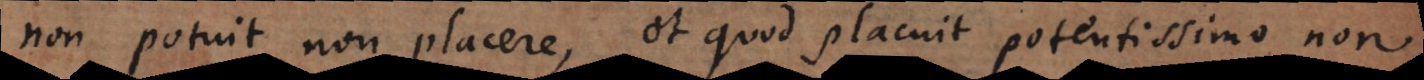
non potuit non placere, et quod placuit potentissimo non